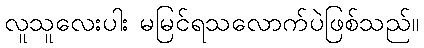
လူသူလေးပါး မမြင်ရသလောက်ပဲဖြစ်သည်။